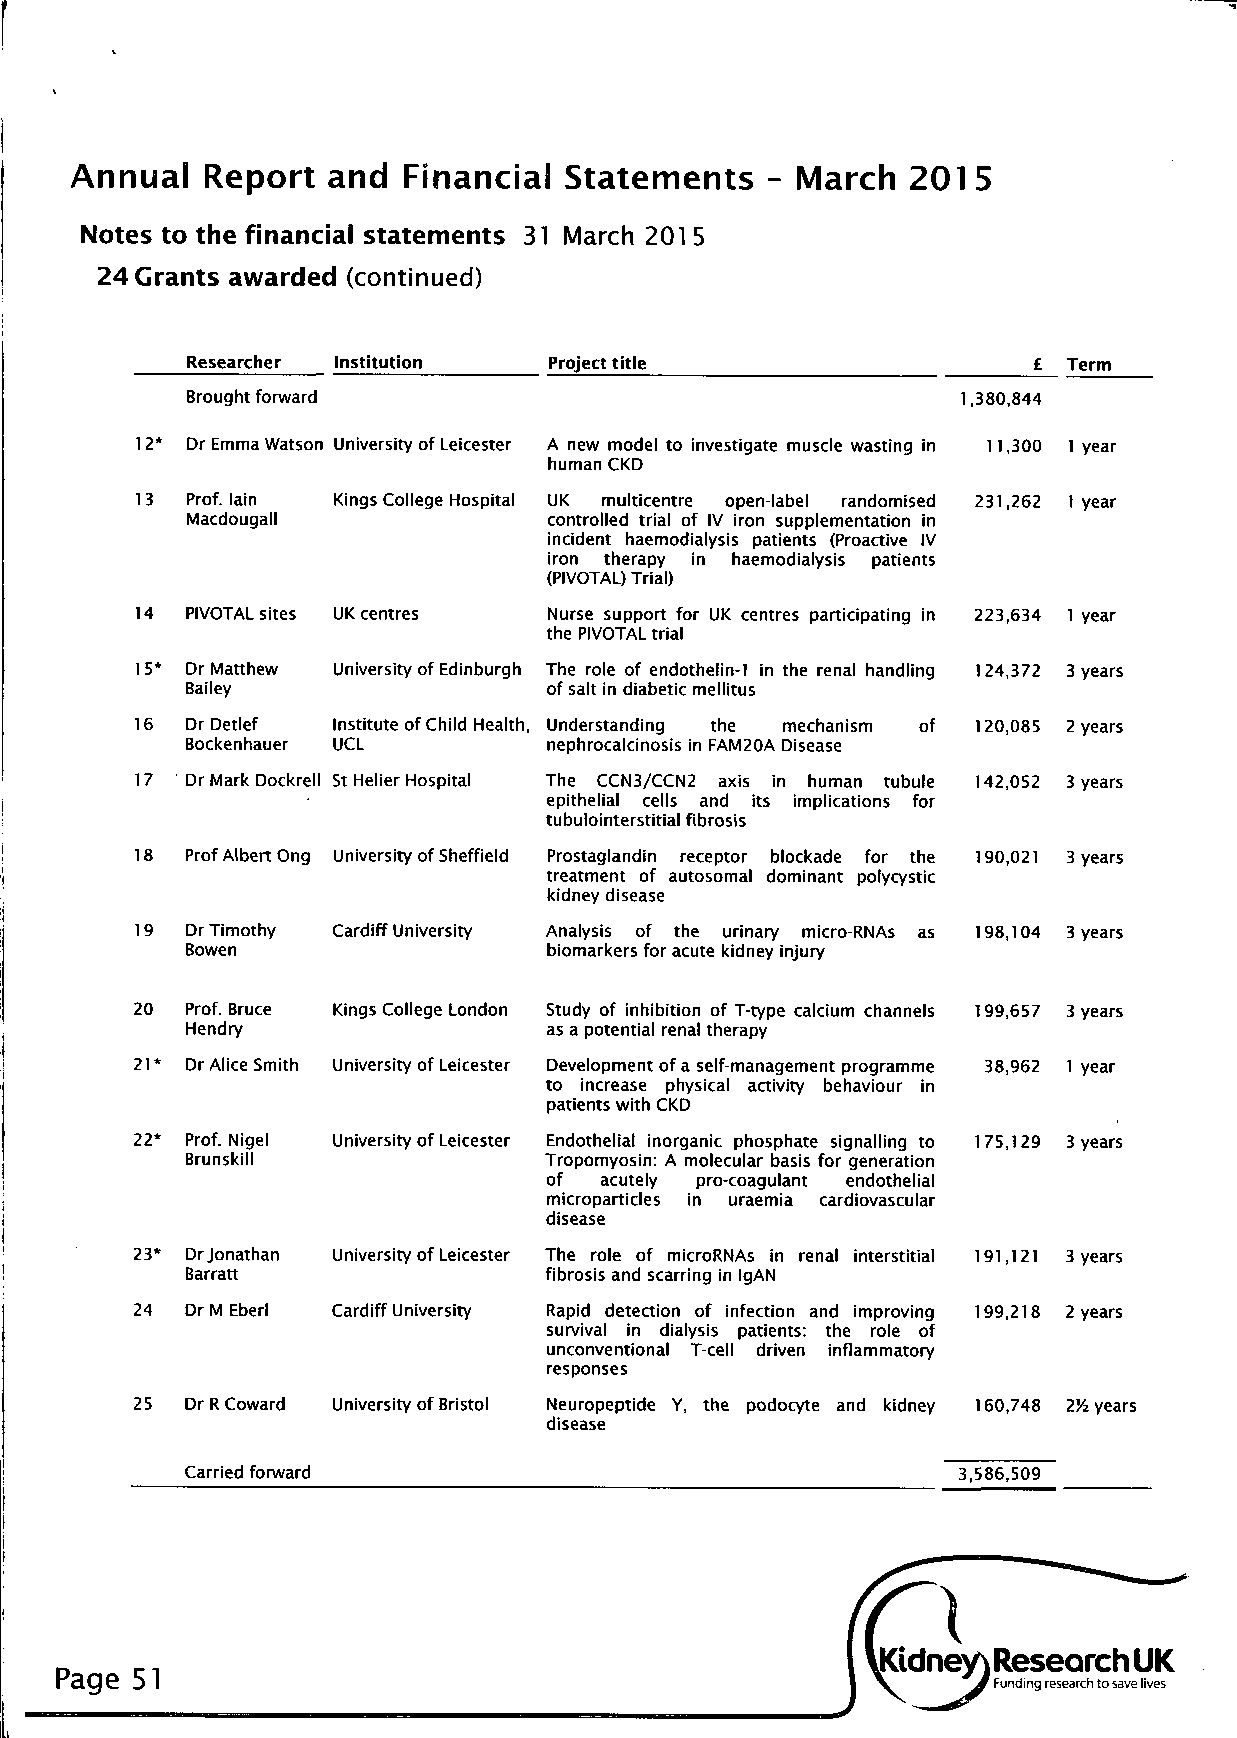
Annual  Report   and  Financial Statements   - March   2015
 Notes to the financial statements 31 March 201 5
 24 Grants awarded (continued)
 Researcher Institution  Project title                   £  Term
 Brought forward                                     1,380,844
 12* Dr Emma Watson University of Leicester A new model to investigate muscle wasting in 11,300 1 year
 human CKD
 13 Prof, lain Kings College Hospital UK multicentre open-label randomised 231,262 1 year
 Macdougall              controlled trial of IV iron supplementation in
 incident haemodialysis patients (Proactive IV
 iron therapy in haemodialysis patients
 (PIVOTAL) Trial)
 14 PIVOTAL sites UK centres Nurse support for UK centres participating in 223,634 1 year
 the PIVOTAL trial
 1 5* Dr Matthew University of Edinburgh The role of endothelin-1 in the renal handling 124,372 3 years
 Bailey                  of salt in diabetic mellitus
 16 Dr Detlef Institute of Child Health, Understanding the mechanism of 120,085 2 years
 Bockenhauer UCL         nephrocalcinosis in FAM20A Disease
 17 Dr Mark Dockrell St Helier Hospital The CCN3/CCN2 axis in human tubule 142,052 3 years
 epithelial cells and its implications for
 tubulointerstitial fibrosis
 18 Prof Albert Ong University of Sheffield Prostaglandin receptor blockade for the 190,021 3 years
 treatment of autosomal dominant polycystic
 kidney disease
 19 Dr Timothy Cardiff University Analysis of the urinary micro-RNAs as 198,104 3 years
 Bowen                   biomarkers for acute kidney injury
 20 Prof. Bruce Kings College London Study of inhibition of T-type calcium channels 199,657 3 years
 Hendry                  as a potential renal therapy
 21* Dr Alice Smith University of Leicester Development of a self-management programme 38,962 1 year
 to increase physical activity behaviour in
 patients with CKD
 22* Prof. Nigel University of Leicester Endothelial inorganic phosphate signalling to 175,129 3 years
 Brunskill               Tropomyosin: A molecular basis for generation
 of  acutely pro-coagulant endothelial
 microparticles in uraemia cardiovascular
 disease
 23* Dr Jonathan University of Leicester The role of microRNAs in renal interstitial 191,121 3 years
 Barratt                 fibrosis and scarring in IgAN
 24 Dr M Eberl Cardiff University Rapid detection of infection and improving 199,218 2 years
 survival in dialysis patients: the role of
 unconventional T-cell driven inflammatory
 responses
 25 Dr R Coward University of Bristol Neuropeptide Y, the podocyte and kidney 160,748 2X years
 disease
 Carried forward                                    3,586,509
 P    r-,                                            . iKidney) Research UK
 KclCje D I                                          I       J Funding research to save lives